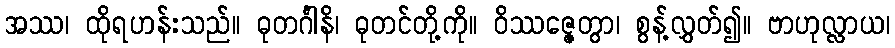
အဿ၊ ထိုရဟန်းသည်။ ဓုတင်္ဂါနိ၊ ဓုတင်တို့ကို။ ဝိဿဇ္ဇေတွာ၊ စွန့်လွှတ်၍။ ဗာဟုလ္လာယ၊